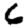
Digit: 6